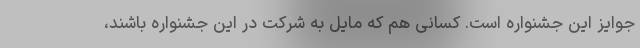
جوایز این جشنواره است. کسانی هم که مایل به شرکت در این جشنواره باشند،